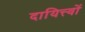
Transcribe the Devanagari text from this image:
दायित्त्वों